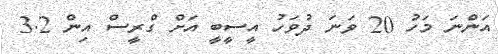
އަންނަ މަހު 20 ވަނަ ދުވަހު އީސީބީ އަށް ގްރީސް އިން 3.2